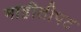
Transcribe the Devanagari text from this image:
माहीतीपट